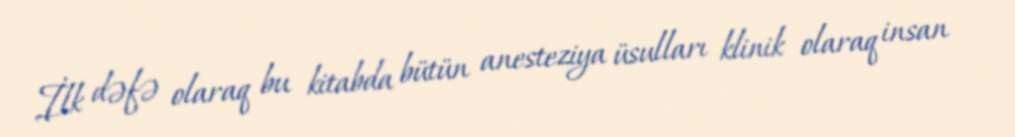
İlk dəfə olaraq bu kitabda bütün anesteziya üsulları klinik olaraq insan